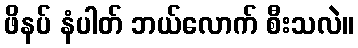
ဖိနပ် နံပါတ် ဘယ်လောက် စီးသလဲ။